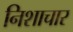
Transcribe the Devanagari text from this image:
निशाचार